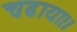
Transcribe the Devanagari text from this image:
चढाया।।